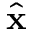
\hat { \mathbf { x } }